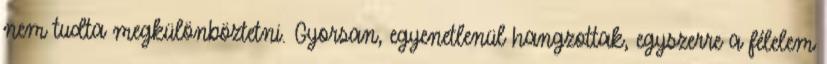
nem tudta megkülönböztetni. Gyorsan, egyenetlenül hangzottak, egyszerre a félelem